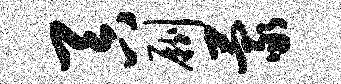
吞劂蒙